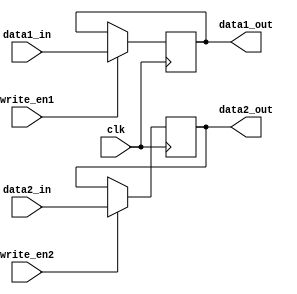
module dual_port_register (
    input wire clk,
    input wire [7:0] data1_in,
    input wire write_en1,
    input wire [7:0] data2_in,
    input wire write_en2,
    output reg [7:0] data1_out,
    output reg [7:0] data2_out
);

reg [7:0] reg_data1;
reg [7:0] reg_data2;

always @(posedge clk) begin
    if (write_en1) begin
        reg_data1 <= data1_in;
    end

    if (write_en2) begin
        reg_data2 <= data2_in;
    end
end

assign data1_out = reg_data1;
assign data2_out = reg_data2;

endmodule